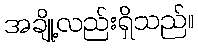
အချို့လည်းရှိသည်။